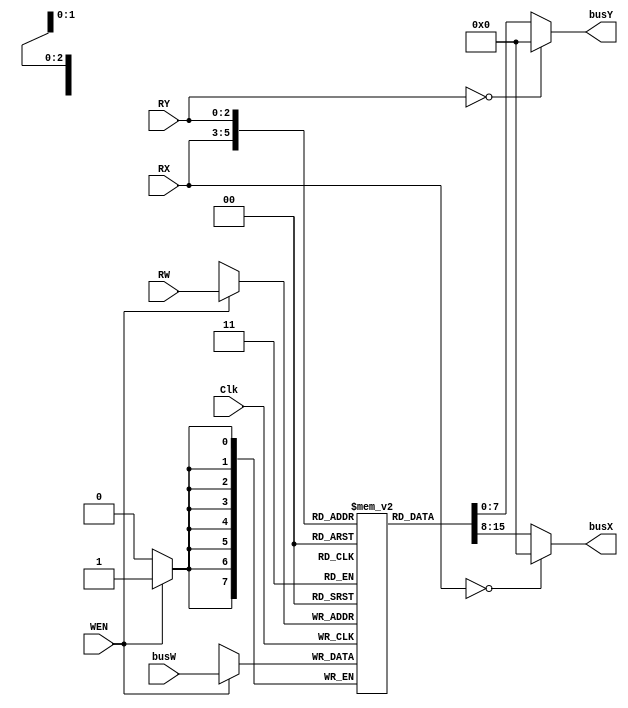
module register_file(
    Clk  ,
    WEN  ,
    RW   ,
    busW ,
    RX   ,
    RY   ,
    busX ,
    busY ,
);
    input        Clk, WEN;
    input  [2:0] RW, RX, RY;
    input  [7:0] busW;
    output reg [7:0] busX, busY;
    
    // write your design here
    reg [7:0] registers[7:0];

    

    always@(posedge Clk) begin
    	if(WEN)
    	  registers[RW] <= busW;
    end

    always@(RX or registers[RX])begin
    	if(RX == 0) busX <= 0;
    	else busX <= registers[RX];
    end
    always@(RY or registers[RY])begin
    	if(RY == 0) busY <= 0;
    	else busY <= registers[RY];
    end

endmodule